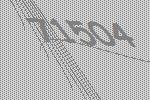
71504